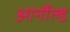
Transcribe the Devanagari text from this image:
आर्नौल्ड